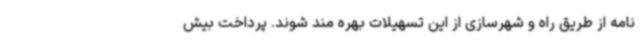
نامه از طریق راه و شهرسازی از این تسهیلات بهره مند شوند. پرداخت بیش